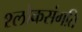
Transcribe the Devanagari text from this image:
श्लोकसंगति